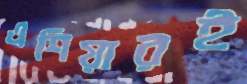
এশিয়ারই